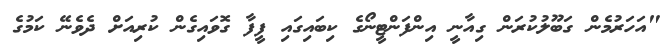
"އަހަރުމެން ގަބޫލުކުރަން ގިއާނީ އިންފަންޓީނޯގެ ކިބައިގައި ފީފާ ގޮވައިގެން ކުރިއަށް ދެވެނޭ ކަމުގެ